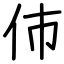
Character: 伂